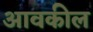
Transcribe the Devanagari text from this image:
आवकील